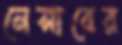
নেসাবের